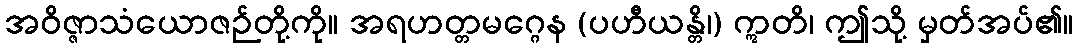
အဝိဇ္ဇာသံယောဇဉ်တို့ကို။ အရဟတ္တမဂ္ဂေန (ပဟီယန္တိ၊) ဣတိ၊ ဤသို့ မှတ်အပ်၏။